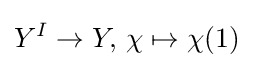
Y^{I}\to Y,\,\chi \mapsto \chi (1)